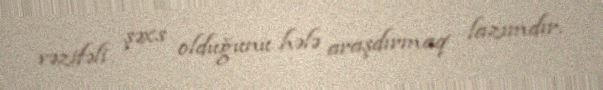
vəzifəli şəxs olduğunu hələ araşdırmaq lazımdır.